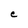
Character: C